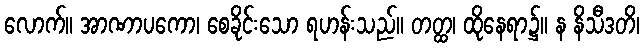
လောက်။ အာဏာပကော၊ စေခိုင်းသော ရဟန်းသည်။ တတ္ထ၊ ထိုနေရာ၌။ န နိသီဒတိ၊